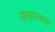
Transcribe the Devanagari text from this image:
सक्षात्कार